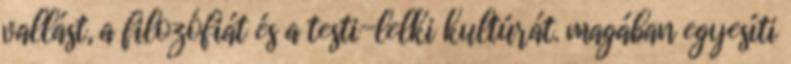
vallást, a filozófiát és a testi-lelki kultúrát. magában egyesíti